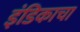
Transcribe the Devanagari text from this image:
इंडिकाचा